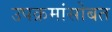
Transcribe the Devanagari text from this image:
उपक्रमांसोबत